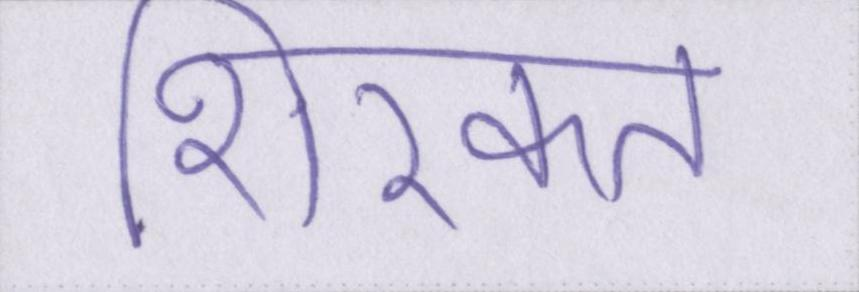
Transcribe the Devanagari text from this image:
शिरकत